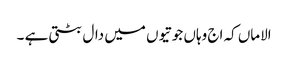
الاماں کہ اج وہاں جوتیوں میں دال بٹتی ہے ۔